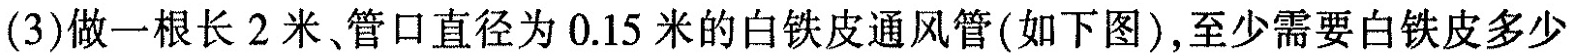
(3)做一根长 2 米、管口直径为 0.15 米的白铁皮通风管(如下图)，至少需要白铁皮多少